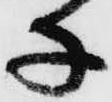
子